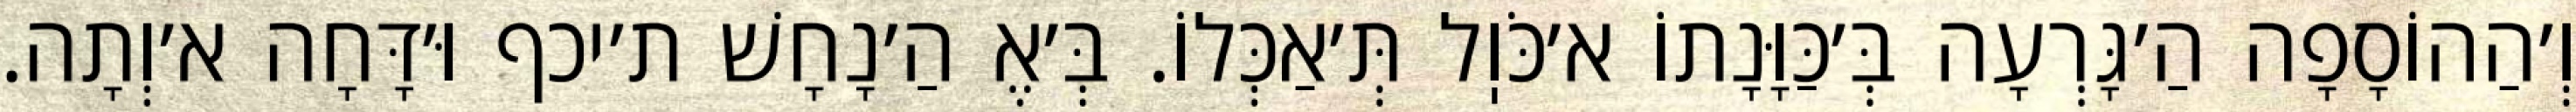
וְ׳הַהוֹסָפָה הַ׳גָּרְעָה בְּ׳כַּוָּנָתוֹ א׳כֹּוֽל תְּ׳אַכְּלוֹ. בְּ׳אֶ הַ׳נָחָשׁ ת׳יכף וּ׳דָּחָה א׳וְתָה.